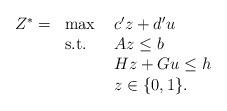
LaTeX: \begin{align*}\begin{array}{llll}Z^* = & \max \ & c'z + d'u & \\& \mbox{s.t.} \ & Az \leq b & \\&& Hz + Gu \leq h & \\&& z \in \{0,1\}. \end{array}\end{align*}